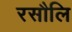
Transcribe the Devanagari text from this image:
रसौलि